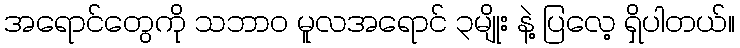
အရောင်တွေကို သဘာ၀ မူလအရောင် ၃မျိုး နဲ့ ပြလေ့ ရှိပါတယ်။